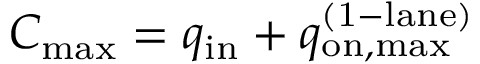
C _ { \mathrm { m a x } } = q _ { \mathrm { i n } } + q _ { \mathrm { o n , m a x } } ^ { \mathrm { ( 1 - l a n e ) } }